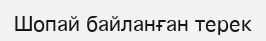
Шопай байланған терек